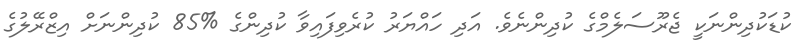
ކުޑަކުދިންނަކީ ޖެރޫސަލެމްގެ ކުދިންނެވެ. އަދި ހައްޔަރު ކުރެވިފައިވާ ކުދިންގެ %85 ކުދިންނަށް އިޒްރޭލުގެ